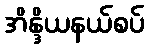
အိန္ဒိယနယ်စပ်